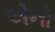
એનો